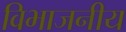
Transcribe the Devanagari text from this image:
विभाजनीय